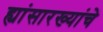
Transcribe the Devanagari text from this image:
ह्यांसारख्यांचे